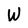
Character: W